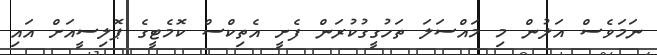
ނަމަވެސް އަލުން މި މައްސަލަ ތަހުގީގުކުރަން ފެށީ އެތިކްސް ކޮމެޓީގެ ޕޮލިސީއަށް އައި